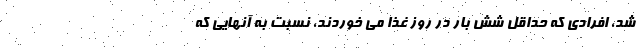
شد، افرادی که حداقل شش بار در روز غذا می خوردند، نسبت به آنهایی که